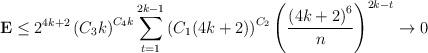
LaTeX: \begin{align*}\mathbf{E}\le 2^{4k+2} \left( C_{3}k \right)^{C_{4}k}\sum_{t=1}^{2k-1} \left( C_{1}(4k+2) \right)^{C_{2}}\left( \frac{\left( 4k+2 \right)^{6}}{n} \right)^{2k-t}\to 0\end{align*}